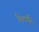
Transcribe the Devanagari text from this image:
तिलपट्टी